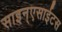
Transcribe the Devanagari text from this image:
साइन्एसाईटस